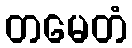
တမေတံ